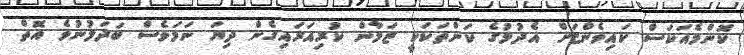
ކޮންމެއަކަސް ކައިވެންޏަށް އެދުމުގެ ކަންތަކަކީ ޒަމާން ކުރިއަރައިގެން ދިޔަ ނަމަވެސް ބަދަލުނުވެ އޮތް